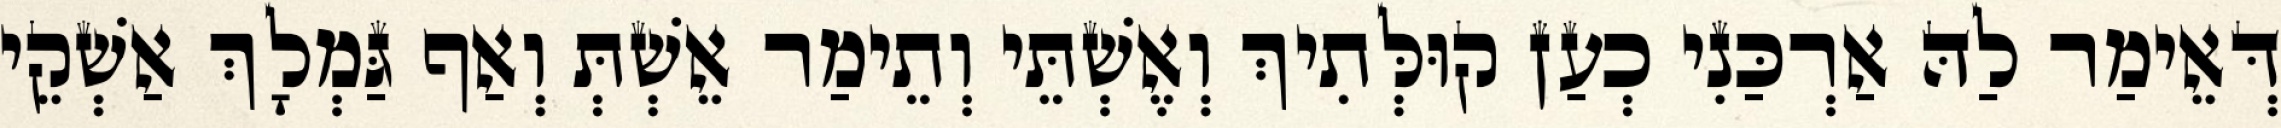
דְּאֵימַר לַהּ אַרְכַּנִי כְעַן קוּלְּתִיךְ וְאֶשְׁתֵּי וְתֵימַר אֵשְׁתְּ וְאַף גַּמְלָךְ אַשְׁקֵי